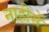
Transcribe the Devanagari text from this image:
नाहींसें